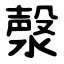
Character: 漀